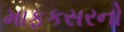
માફકસરનો